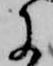
于